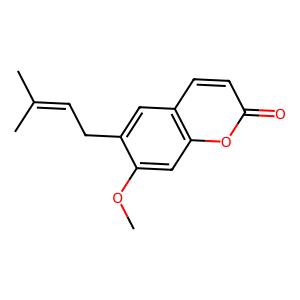
SMILES: COc1cc2oc(=O)ccc2cc1CC=C(C)C
Inhibits HIV replication: No